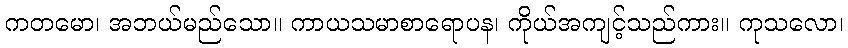
ကတမော၊ အဘယ်မည်သော။ ကာယသမာစာရောပန၊ ကိုယ်အကျင့်သည်ကား။ ကုသလော၊